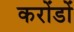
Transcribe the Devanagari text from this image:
करोंडों